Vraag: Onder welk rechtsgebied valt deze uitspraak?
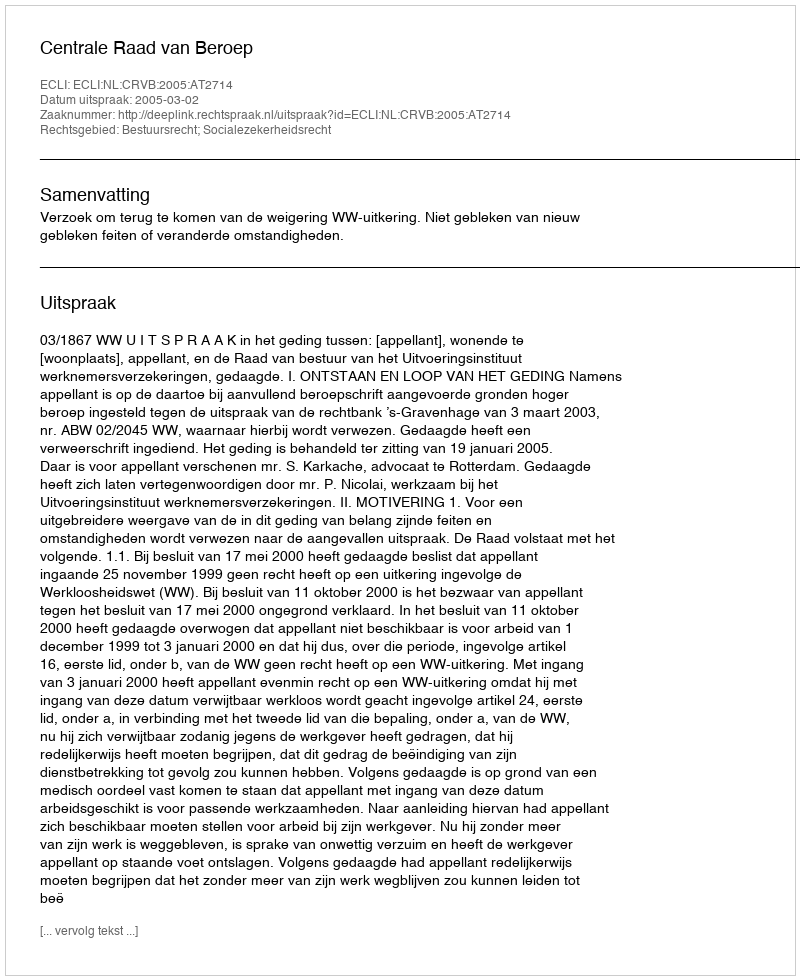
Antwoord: Bestuursrecht; Socialezekerheidsrecht